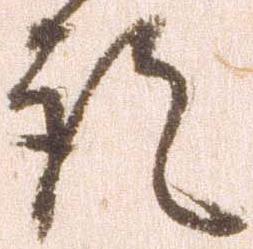
語